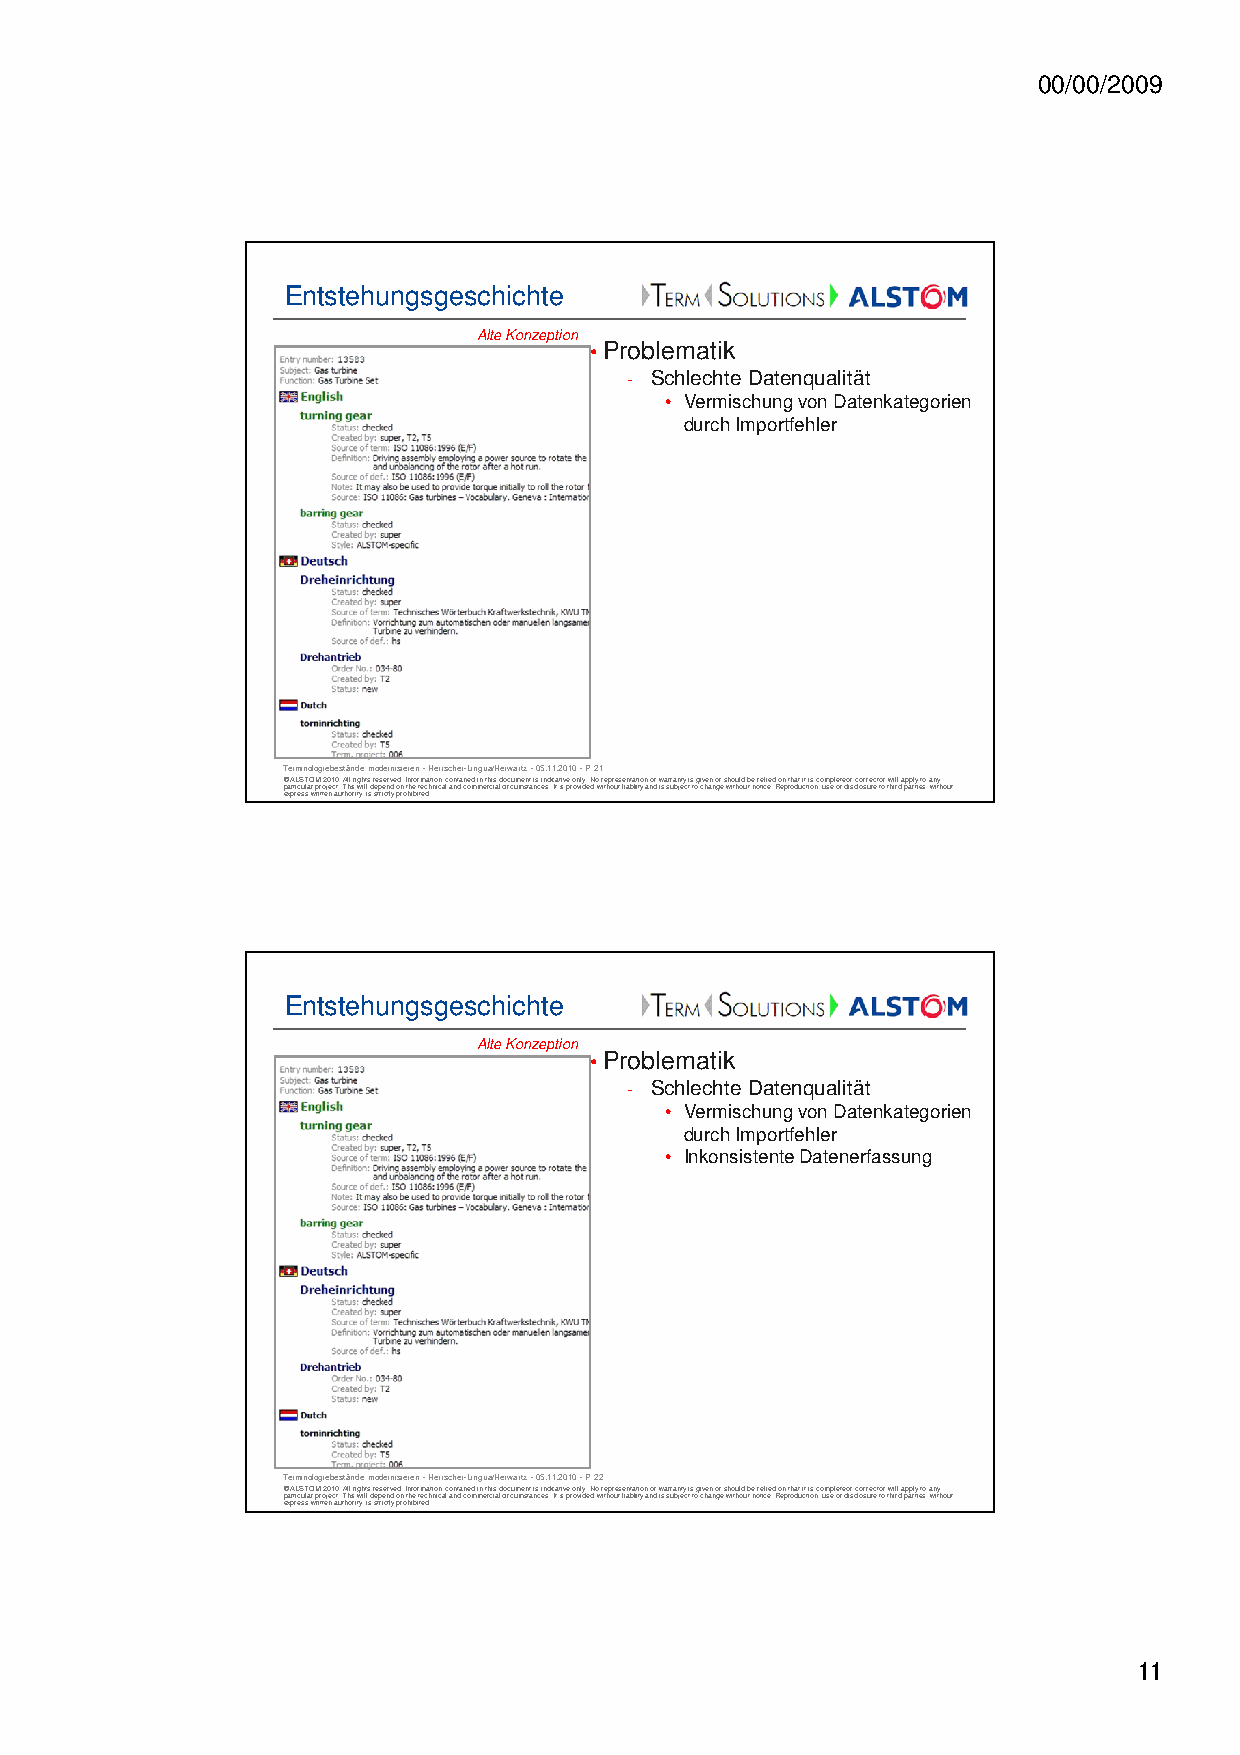
00/00/2009
 Entstehungsgeschichte
 Alte Konzeption
 •Problematik
 - Schlechte Datenqualität
 • Vermischung von Datenkategorien
 durch Importfehler
 Terminologiebestände modernisieren -Herrscher-Lingua/Herwartz -05.11.2010 -P 21
 © ALSTOM 2010. All rights reserved. Information contained in this document is indicative only. No representation or warranty is given or should be relied on that it is complete or correct or will apply to any
 particular project. This will depend on the technical and commercial circumstances. It is provided without liability and is subject to change without notice. Reproduction, use or disclosure to third parties, without
 express written authority, is strictly prohibited.
 Entstehungsgeschichte
 Alte Konzeption
 •Problematik
 - Schlechte Datenqualität
 • Vermischung von Datenkategorien
 durch Importfehler
 • Inkonsistente Datenerfassung
 Terminologiebestände modernisieren -Herrscher-Lingua/Herwartz -05.11.2010 -P 22
 © ALSTOM 2010. All rights reserved. Information contained in this document is indicative only. No representation or warranty is given or should be relied on that it is complete or correct or will apply to any
 particular project. This will depend on the technical and commercial circumstances. It is provided without liability and is subject to change without notice. Reproduction, use or disclosure to third parties, without
 express written authority, is strictly prohibited.
 11